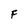
Character: F